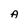
Character: A